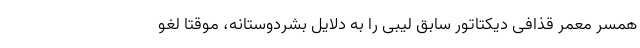
همسر معمر قذافی دیکتاتور سابق لیبی را به دلایل بشردوستانه، موقتا لغو